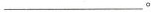
___。